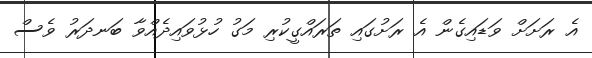
އެ ރަށަށް ވަޑައިގެން އެ ރަށުގައި ތަރައްގީކުރި މަގު ހުޅުވައިދެއްވާ ބަނދަރު ވެސް